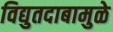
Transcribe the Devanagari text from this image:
विद्युतदाबामुळे